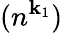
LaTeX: (n^{\mathbf{k}_{1}})